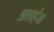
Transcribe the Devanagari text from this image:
अलएंज